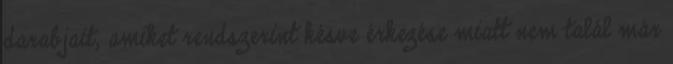
darabjait, amiket rendszerint késve érkezése miatt nem talál már